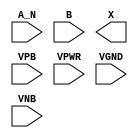
module sky130_fd_sc_hdll__and2b (
    //# {{data|Data Signals}}
    input  A_N ,
    input  B   ,
    output X   ,

    //# {{power|Power}}
    input  VPB ,
    input  VPWR,
    input  VGND,
    input  VNB
);
endmodule